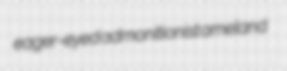
eager-eyed admonitionist ameland